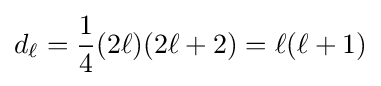
d_{\ell }={\frac {1}{4}}(2\ell )(2\ell +2)=\ell (\ell +1)